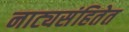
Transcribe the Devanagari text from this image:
नाट्यसंहितेत